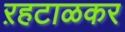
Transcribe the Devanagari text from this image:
ऱहटाळकर